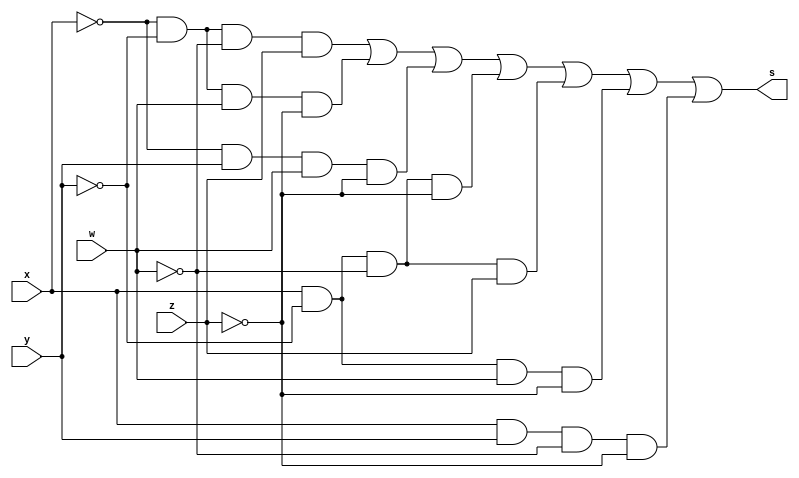
module SoP (output s, input x, y, w, z); // mintermos
// m 0 1 2 3 4
assign s = (~x & ~y & ~w & z) | (~x & ~y & w & ~z) | (~x & y & w & ~z) | (x & ~y & ~w & ~z) | (x & ~y & ~w & z) | (x & ~y & w & ~z)| (x & y & ~w & ~z) ;
endmodule // SoP

module c3;
reg x, y, w, z;
wire s;
// instancias
SoP SOP1 (s, x, y, w, z);
// valores iniciais
initial begin: start
x=1'bx; y=1'bx; w = 1'bx; z=1'bx;// indefinidos
end
// parte principal
initial begin: main
// identificacao
$display("Soma de Produtos");
// monitoramento
$display(" x  y  w  z =  SoP( 1, 2, 6, 8, 9, 10, 12 ) ");
$monitor("%2b %2b %2b %2b =  %2b", x, y, w, z, s);
// sinalizacao
#1 x=0; y=0; w=0; z=0;
#1 x=0; y=0; w=0; z=1;
#1 x=0; y=0; w=1; z=0;
#1 x=0; y=0; w=1; z=1;
#1 x=0; y=1; w=0; z=0;
#1 x=0; y=1; w=0; z=1;
#1 x=0; y=1; w=1; z=0;
#1 x=0; y=1; w=1; z=1;
#1 x=1; y=0; w=0; z=0;
#1 x=1; y=0; w=0; z=1;
#1 x=1; y=0; w=1; z=0;
#1 x=1; y=0; w=1; z=1;
#1 x=1; y=1; w=0; z=0;
#1 x=1; y=1; w=0; z=1;
#1 x=1; y=1; w=1; z=0;
#1 x=1; y=1; w=1; z=1;
end
endmodule // test_module